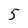
Character: 5